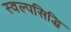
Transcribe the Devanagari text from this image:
स्वल्पसिद्धि